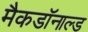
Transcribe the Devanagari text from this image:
मैकडॉनाल्ड